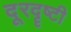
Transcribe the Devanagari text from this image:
दूरदॄष्टी